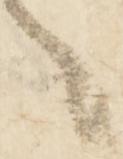
之